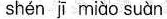
shén jī miào suàn